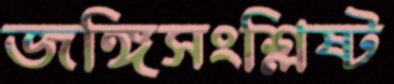
জঙ্গিসংশ্লিষ্ট